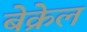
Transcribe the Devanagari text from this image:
बेक्रेल